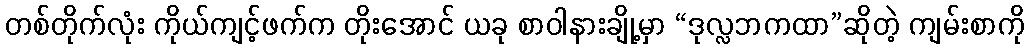
တစ်တိုက်လုံး ကိုယ်ကျင့်ဖက်က တိုးအောင် ယခု စာဝါနားချို့မှာ “ဒုလ္လဘကထာ”ဆိုတဲ့ ကျမ်းစာကို